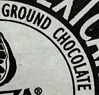
GROUND CHOCOLATE